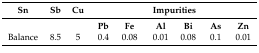
<table><thead><tr><td><b>Sn</b></td><td><b>Sb</b></td><td><b>Cu</b></td><td colspan="6"><b>Impurities</b></td></tr></thead><tbody><tr><td></td><td></td><td></td><td><b>Pb</b></td><td><b>Fe</b></td><td><b>Al</b></td><td><b>Bi</b></td><td><b>As</b></td><td><b>Zn</b></td></tr><tr><td>Balance</td><td>8.5</td><td>5</td><td>0.4</td><td>0.08</td><td>0.01</td><td>0.08</td><td>0.1</td><td>0.01</td></tr></tbody></table>